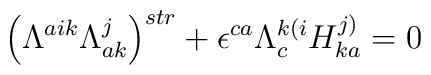
\left ( \Lambda^{aik}\Lambda_{ak}^{j}\right )^{str} + \epsilon^{ca}\Lambda_{c}^{k(i}H^{j)}_{ka} = 0